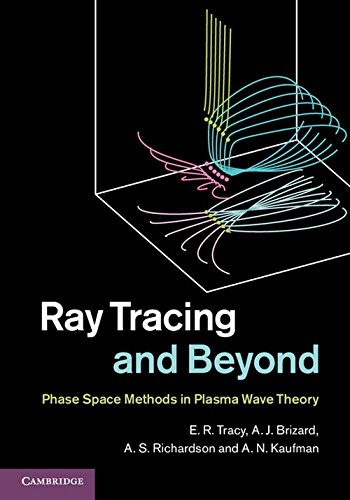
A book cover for Ray Tracing and Beyond: Phase Space Methods in Plasma Wave Theory; E. R. Tracy; Computers & Technology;